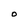
Character: O